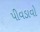
પીવડાવો